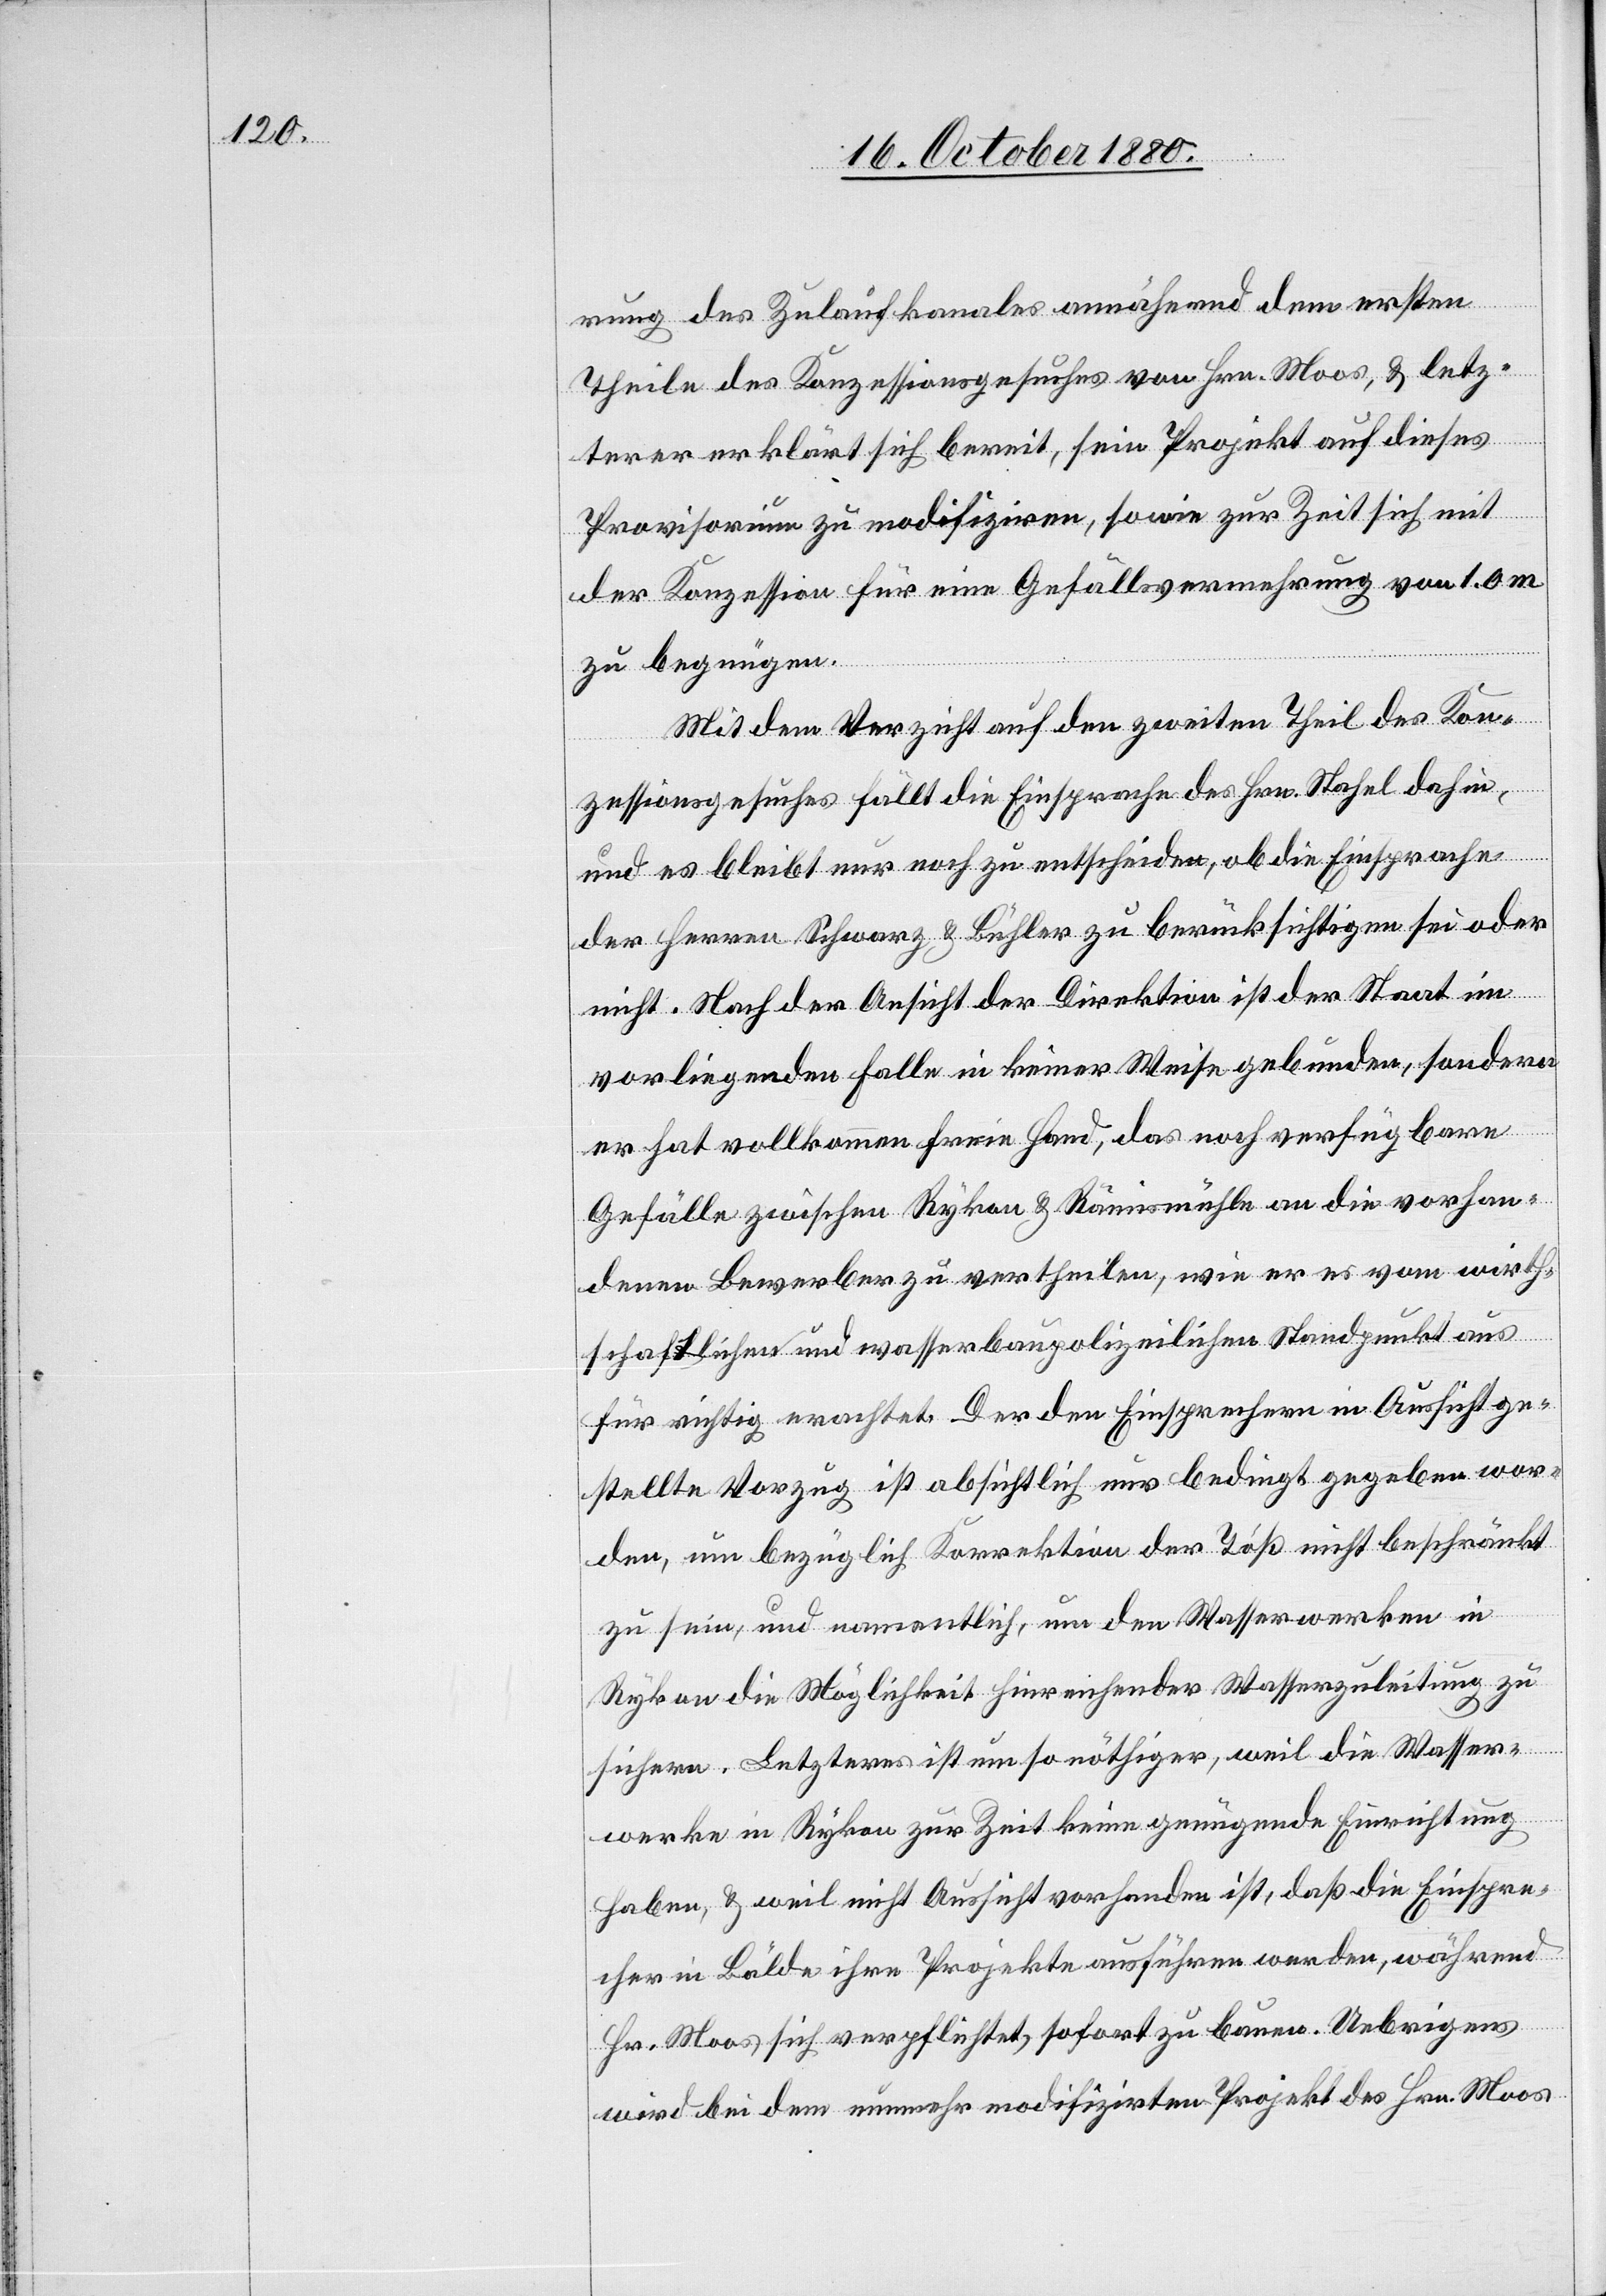
rung des Zulaufkanales annähernd dem ersten
Theile des Konzessionsgesuches von Hrn. Moos, & letz¬
terer erklärt sich bereit, sein Projekt auf dieses
Provisorium zu modifiziren, so wie zur Zeit sich mit
der Konzession für eine Gefällsvermehrung von 1.0
zu begnügen.
Mit dem Verzicht auf den zweiten Theil des Kon¬
zessionsgesuches fällt die Einsprache des Hrn. Stahel dahin
und es bleibt nur noch zu entscheiden, ob die Einsprache
der Herren Schwarz & Bühler zu berücksichtigen sei oder
nicht. Nach der Ansicht der Direktion ist der Staat im
vorliegenden Falle in keiner Weise gebunden, sondern
er hat vollkommen freie Hand, das noch verfügbare
Gefälle zwischen Rykon & Rämismühle an die vorhan¬
denen Bewerber zu vertheilen, wie er es vom wirth¬
schaftlichen und wasserbaupolizeilichen Standpunkt aus
für richtig erachtet. Der den Einsprechern in Aussicht ge¬
stellte Vorzug ist absichtlich nur bedingt gegeben wor¬
den, um bezüglich Korrektion der Töß nicht beschränkt
zu sein, und namentlich, um den Wasserwerken in
Rykon die Möglichkeit hinreichender Wasserzuleitung zu
sichern. Letzteres ist um so nöthiger, weil die Wasser¬
werke in Rykon zur Zeit keine genügende Einrichtung
haben, & weil nicht Aussicht vorhanden ist, daß die Einspre¬
cher in Bälde ihre Projekte ausführen werden, während
Hr. Moos sich verpflichtet, sofort zu bauen. Uebrigens
wird bei dem nunmehr modifizirten Projekt des Hrn. Moos